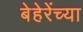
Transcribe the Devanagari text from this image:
बेहेरेंच्या